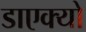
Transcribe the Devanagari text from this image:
डाएक्यो